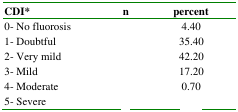
<table><thead><tr><td><b>CDI*</b></td><td><b>n</b></td><td><b>percent</b></td></tr></thead><tbody><tr><td>0- No fluorosis</td><td>[EMPTY_CELL]</td><td>4.40</td></tr><tr><td>1- Doubtful</td><td>[EMPTY_CELL]</td><td>35.40</td></tr><tr><td>2- Very mild</td><td>[EMPTY_CELL]</td><td>42.20</td></tr><tr><td>3- Mild</td><td>[EMPTY_CELL]</td><td>17.20</td></tr><tr><td>4- Moderate</td><td>[EMPTY_CELL]</td><td>0.70</td></tr><tr><td>5- Severe</td><td>[EMPTY_CELL]</td><td>[EMPTY_CELL]</td></tr></tbody></table>